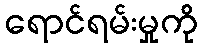
ရောင်ရမ်းမှုကို